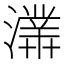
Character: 𤀾